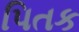
પિતક